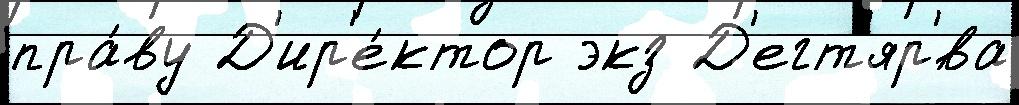
пра́ву Д'ир'е́ктор экз Д'егт'яр'́ва